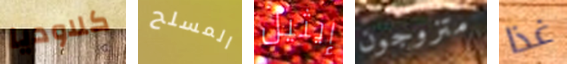
كلاوديا المسلح إيثيل متزوجون غذا